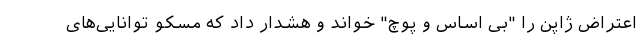
اعتراض ژاپن را "بی اساس و پوچ" خواند و هشدار داد که مسکو توانایی‌های